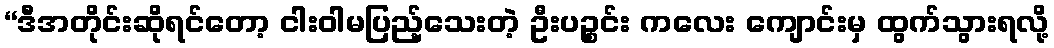
“ဒီအတိုင်းဆိုရင်တော့ ငါးဝါမပြည့်သေးတဲ့ ဦးပဉ္စင်း ကလေး ကျောင်းမှ ထွက်သွားရလို့